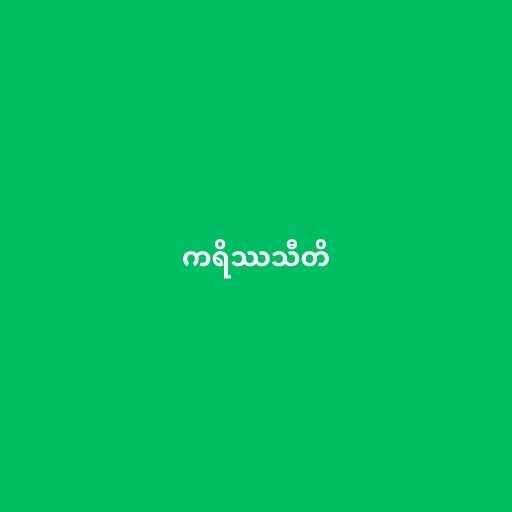
ကရိဿသီတိ